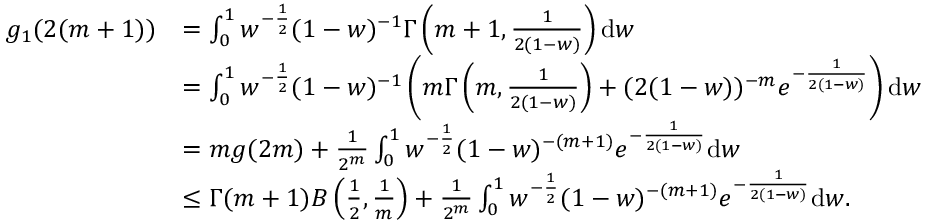
\begin{array} { r l } { g _ { 1 } ( 2 ( m + 1 ) ) } & { = \int _ { 0 } ^ { 1 } w ^ { - \frac { 1 } { 2 } } ( 1 - w ) ^ { - 1 } \Gamma \left( m + 1 , \frac { 1 } { 2 ( 1 - w ) } \right) \mathrm { d } w } \\ & { = \int _ { 0 } ^ { 1 } w ^ { - \frac { 1 } { 2 } } ( 1 - w ) ^ { - 1 } \left( m \Gamma \left( m , \frac { 1 } { 2 ( 1 - w ) } \right) + ( 2 ( 1 - w ) ) ^ { - m } e ^ { - \frac { 1 } { 2 ( 1 - w ) } } \right) \mathrm { d } w } \\ & { = m g ( 2 m ) + \frac { 1 } { 2 ^ { m } } \int _ { 0 } ^ { 1 } w ^ { - \frac { 1 } { 2 } } ( 1 - w ) ^ { - ( m + 1 ) } e ^ { - \frac { 1 } { 2 ( 1 - w ) } } \mathrm { d } w } \\ & { \leq \Gamma ( m + 1 ) B \left( \frac { 1 } { 2 } , \frac { 1 } { m } \right) + \frac { 1 } { 2 ^ { m } } \int _ { 0 } ^ { 1 } w ^ { - \frac { 1 } { 2 } } ( 1 - w ) ^ { - ( m + 1 ) } e ^ { - \frac { 1 } { 2 ( 1 - w ) } } \mathrm { d } w . } \end{array}